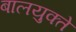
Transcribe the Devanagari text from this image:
बालयुक्ते